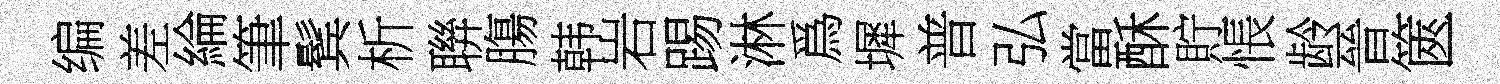
编差綸筆鬂析聨膓韩岩踢淋爲墀普弘當酥貯悵龄晉篋